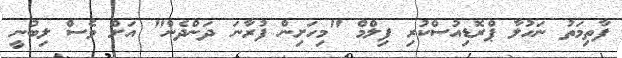
ފާތިމަތު ނަހުލާ ޕްރޮޑިއުސްކުރި ފިލްމް "މިހަށިން ފުރާނަ ދަންދެން" އަށް ވެސް ލިބުނީ